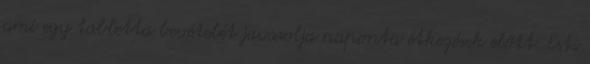
ami egy tabletta bevételét javasolja naponta étkezések előtt. Esti